Vital statistics of India. Vol. VI, European troops 1870-79
Year: 1870
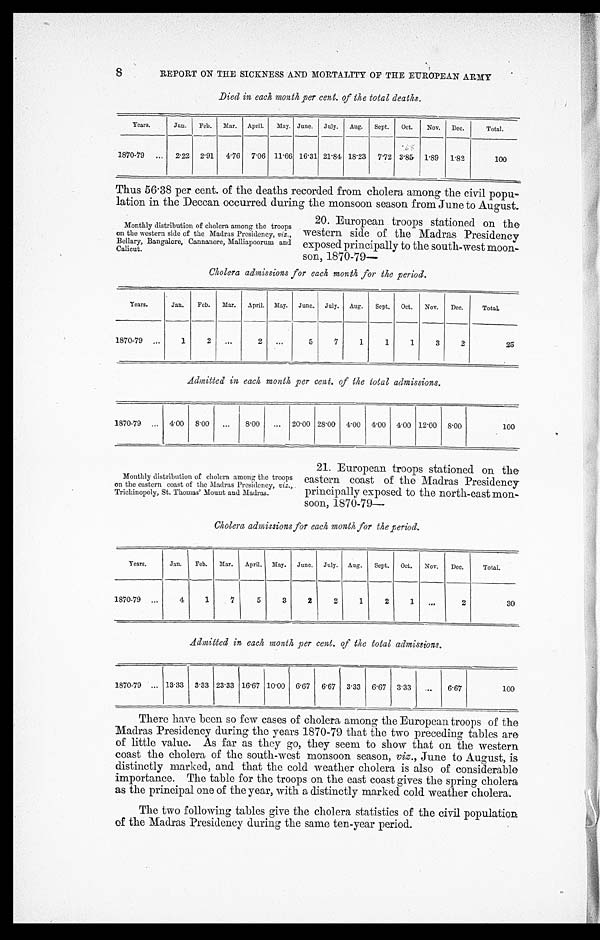
REPORT ON THE SICKNESS AND MORTALITY OF THE EUROPEAN ARMY
Died in each month per cent. of the total deaths.
Years.
Jan.
Feb.
Mar.
April.
May. June.
July.
Aug.
Sept.
Oct.
Nov.
Dec.
Total.
1870-79
2.22
2.91
4.76
7.06 11.66 16.31 21 . 84 18.23
7.72 3.85
1.89
1.82
100
Thus 56 . 38 per cent. of the deaths recorded from cholera among the civil popu-
lation in the Deccan occurred during the monsoon season from June to August.
Monthly distribution of cholera among the troops
on the western side of the Madras Presidency, viz .,
Bellary, Bangalore, Cannanore, Malliapoorum and
Calicut.
20. European troops stationed on the
western side of the Madras Presidency
exposed principally to the south-west moon-
son, 1870-79—
Cholera admissions for each month for the period.
Years.
Jan.
Feb.
Mar.
April. May.
June.
July.
Aug.
Sept.
Oct.
Nov.
Dec.
TotaL
1870-79
1
2
. . .
2 ...
5
7
1
1
1
3
2
25
Admitted in each month per cent. of the total admissions.
1870-79
4.00
8.00
. . .
8.00
...
20.00 28.00
4.00 4.00 4.00 12.00
8.00
100
Monthly distribution of cholera among the troops
on the eastern coast of the Madras Presidency, viz .,
Trichinopoly, St. Thomas' Mount and Madras.
21. European troops stationed on the
eastern coast of the Madras Presidency
principally exposed to the north-east mon-
soon, 1870-79—
Cholera admissions for each month for the period.
Years.
Jan.
Feb.
Mar.
April. May.
June.
July.
Aug.
Sept.
Oct.
Nov.
Dec.
Total.
1870-79
4
1
7
5
3
2
2
1
2
1
...
2
30
Admitted in each month per cent. of the total admissions.
1870-79
13.33
3.33 23.33 16.67 10.00
6.67
6.67
3.33
6.67
3.33
...
6.67
100
There have been so few cases of cholera among the European troops of the
Madras Presidency during the years 1870-79 that the two preceding tables are
of little value. As far as they go, they seem to show that on the western
coast the cholera of the south-west monsoon season, viz ., June to August, is
distinctly marked, and that the cold weather cholera is also of considerable
importance. The table for the troops on the east coast gives the spring cholera
as the principal one of the year, with a distinctly marked cold weather cholera.
The two following tables give the cholera statistics of the civil population
of the Madras Presidency during the same ten-year period.